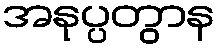
အနုပ္ပတွာန